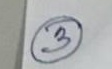
3